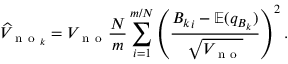
\widehat { V } _ { \mathrm { ~ n ~ o ~ } _ { k } } = V _ { \mathrm { ~ n ~ o ~ } } \frac { N } { m } \sum _ { i = 1 } ^ { m / N } \left( \frac { { B _ { k } } _ { i } - \mathbb { E } ( q _ { B _ { k } } ) } { \sqrt { V _ { \mathrm { ~ n ~ o ~ } } } } \right) ^ { 2 } .